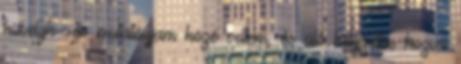
hüvelyk- és mutatóujjam közé vettem, és ülő helyzetbe hozva